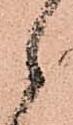
々